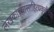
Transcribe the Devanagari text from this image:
लेखकाच्यासाहित्यकृतीच्या